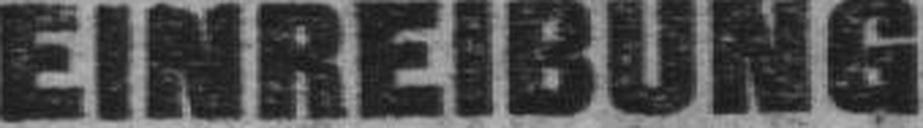
EINREIBUNG